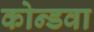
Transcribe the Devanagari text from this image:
कोन्डवा